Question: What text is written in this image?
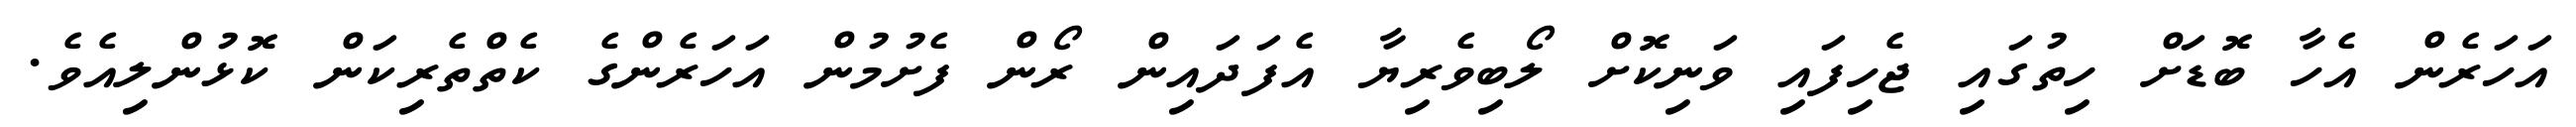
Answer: އަހަރެން އެހާ ބޮޑަށް ހިތުގައި ޖެހިފައި ވަނިކޮށް ލޯބިވެރިޔާ އެފަދައިން ރޯން ފެށުމުން އަހަރެންގެ ކެތްތެރިކަން ކޮޅުންލިއެވެ.